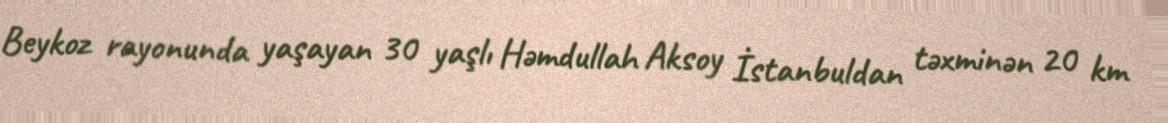
Beykoz rayonunda yaşayan 30 yaşlı Həmdullah Aksoy İstanbuldan təxminən 20 km